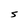
Character: S